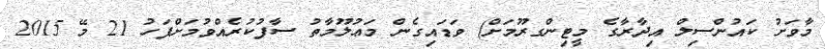
މާވަށު ކައުންސިލް އިދާރާގެ މީޓިންގރޫމަށް) ވަޑައިގެން މަޢުލޫމާތު ސާފުކުރެއްވުމަށްފަހު 21 މޭ 2015